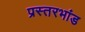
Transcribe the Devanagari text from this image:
प्रस्तरभांड